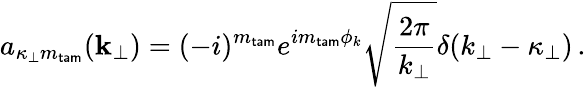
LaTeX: a_{\kappa_{\perp}m_{\mathsf{tam}}}({\mathbf k}_{\perp})=(-i)^{m_{\mathsf{tam}}}e^{im_{\mathsf{tam}}\phi_{k}}\sqrt{\frac{2\pi}{k_{\perp}}}\delta(k_{\perp}-\kappa_{\perp})\, .